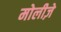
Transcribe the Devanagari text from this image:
मोलीज़े